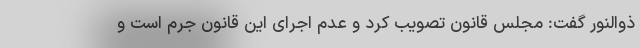
ذوالنور گفت: مجلس قانون تصویب کرد و عدم اجرای این قانون جُرم است و